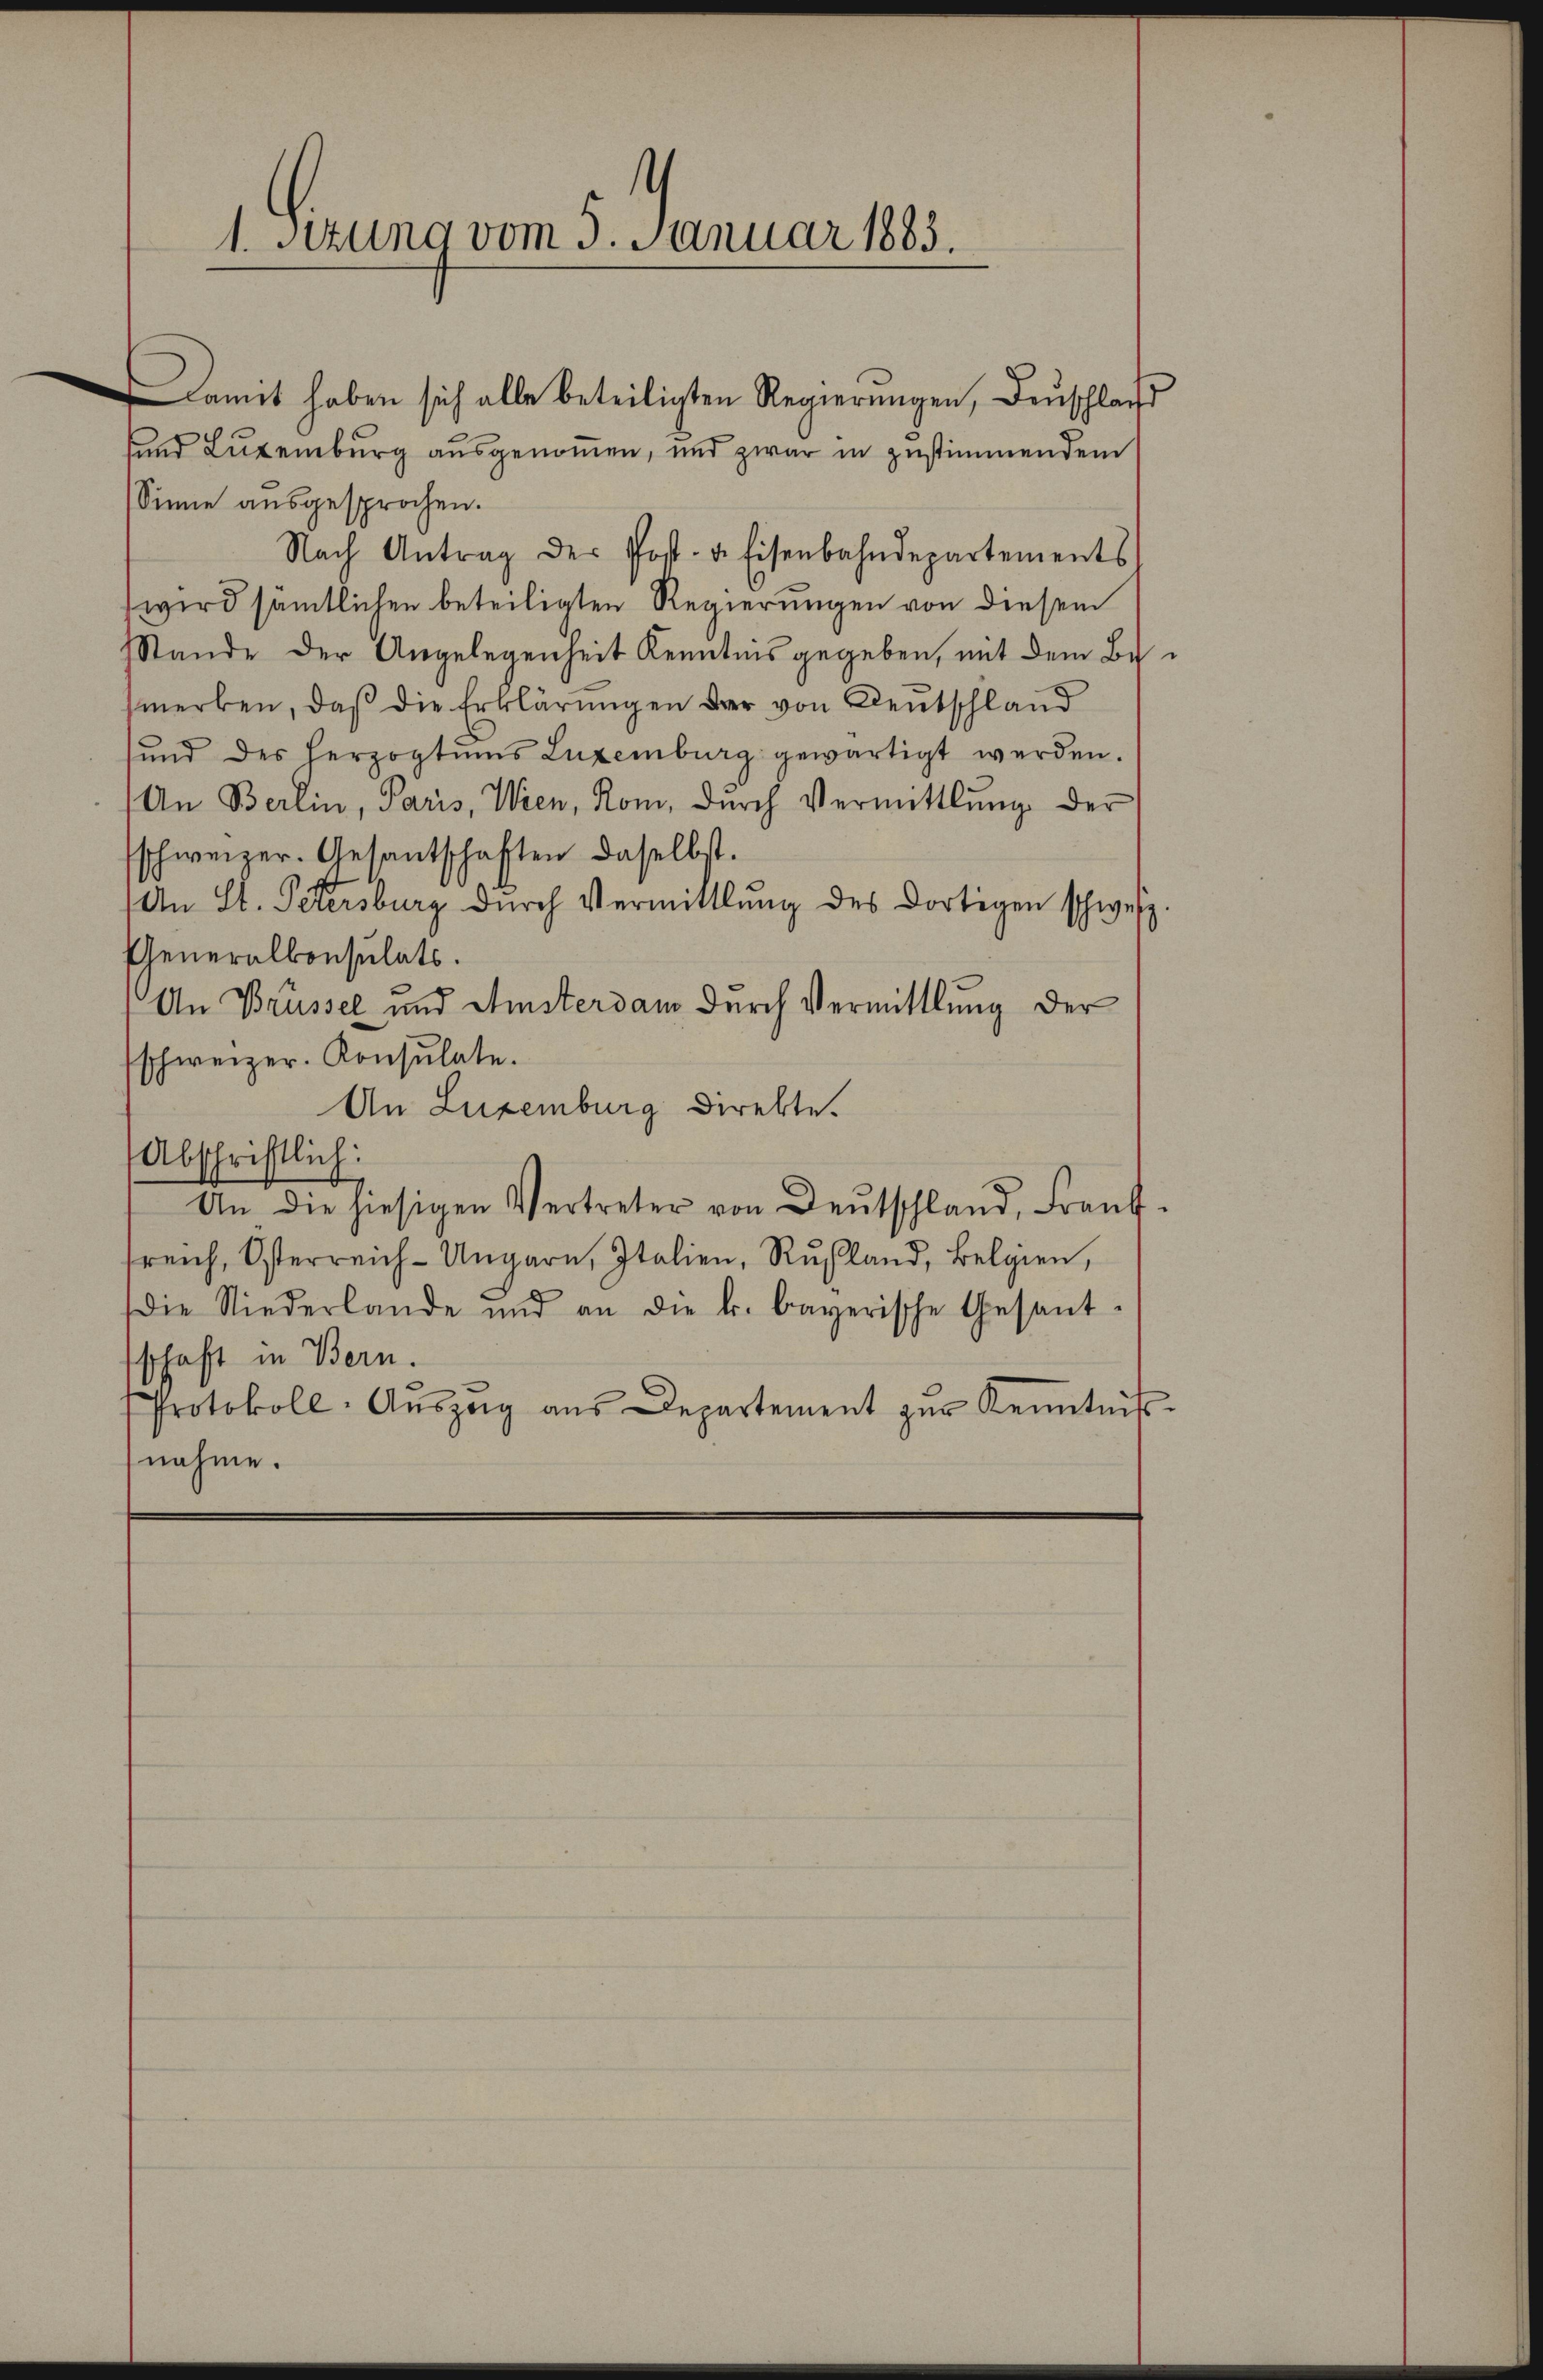
¬
1. Setzung vom 5. Januar 1885.

Damit haben sich alle beteiligten Regierungen, Deuschlag
und Luxenburg ausgenommen, und zwar in zustimmendem
Sinne ausgesprochen.
Nach Antrag der Post- u. Eisenbahndepartements
wird sämtlichen beteiligten Regierungen von diesem
Stande der Angelegenheit Kenntnis gegeben, mit dem Bemerken, daß die Erklärungen der von Deutschland
und des Herzogtŭms Luxenburg gewärtigt werden.
An Berlin, Paris, Wien, Rom, durch Vermittlung der
schweizer. Gesantschaften daselbst.
An St. Petersburg dŭrch Vermittlung des dortigen schweiz
Generalkonsulats.
An Brüssel und Amsterdam durch Vermittlung der
schweizer. Konsulate.
An Luxenburg direkte.
Abschriftlich:
An die hiesigen Vertreter von Deutschland, Frank-
sreich, Osterreich-Ungarn, Italien, Rußland, Belgien,
die Niederlande und an die k. bayerische Gesant-
schaft in Bern.
Protokoll-Aŭszŭg aŭs Departement zŭr Kenntnis.
nahme.